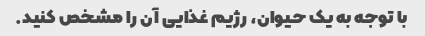
با توجه به یک حیوان، رژیم غذایی آن را مشخص کنید.